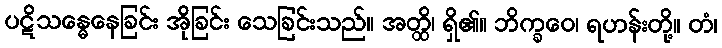
ပဋိသန္ဓေနေခြင်း အိုခြင်း သေခြင်းသည်။ အတ္ထိ၊ ရှိ၏။ ဘိက္ခဝေ၊ ရဟန်းတို့။ တံ၊